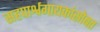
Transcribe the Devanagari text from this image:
सहपार्श्वगायकांसोबत